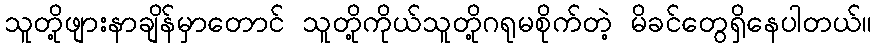
သူတို့ဖျားနာချိန်မှာတောင် သူတို့ကိုယ်သူတို့ဂရုမစိုက်တဲ့ မိခင်တွေရှိနေပါတယ်။